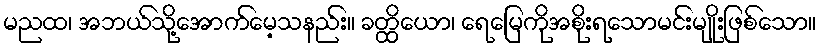
မညထ၊ အဘယ်သို့အောက်မေ့သနည်း။ ခတ္ထိယော၊ ရေမြေကိုအစိုးရသောမင်းမျိုးဖြစ်သော။